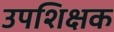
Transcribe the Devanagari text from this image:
उपशिक्षक